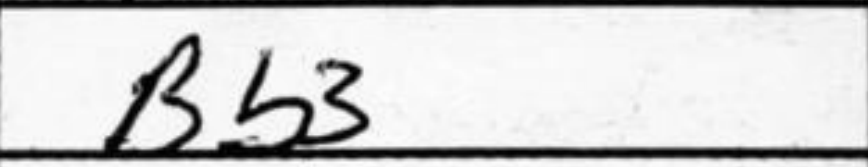
Transcription: Bb3